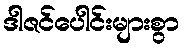
ဒါဇင်ပေါင်းများစွာ